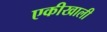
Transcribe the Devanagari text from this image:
एकीखाली